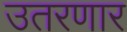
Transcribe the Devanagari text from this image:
उतरणार